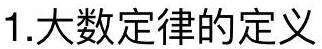
1.大数定律的定义